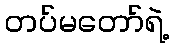
တပ်မတော်ရဲ့